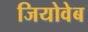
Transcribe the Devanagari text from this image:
जियोवेब